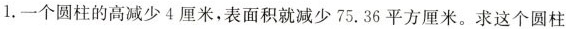
1. 一个圆柱的高减少4厘米，表面积就减少75.36平方厘米。求这个圆柱